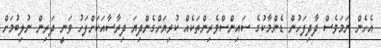
އެހެން ނަމަވެސް ދާދިފަހުން ޑެންމާކުގެ ސައިންސްވެރިންތަކެއް ކުރިޔަށްގެންދިޔަ ދިރާސާއަކަށްފަހު ވަނީ ދަރިން ނުލިބުމަށް